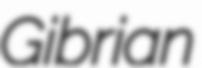
Gibrian